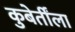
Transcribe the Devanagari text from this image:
कुबेर्तींला